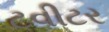
ટવીટર